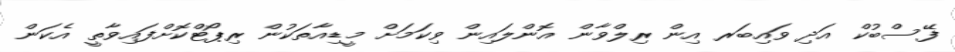
ފޭސްބުކް އަދި ވައިބަރ އިން ރިލްވާން އޮންލައިން ވިކަމަށް މީޑިއާތަކުން ރިޕޯޓްކޮށްފައިވާތީ އެކަން